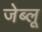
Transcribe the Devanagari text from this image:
जेब्‍लू